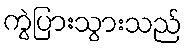
ကွဲပြားသွားသည်